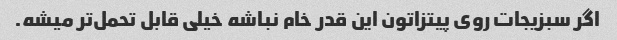
اگر سبزیجات روی پیتزاتون این قدر خام نباشه خیلی قابل تحمل‌تر میشه.